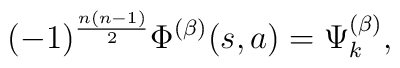
(-1)^{\frac{n(n-1)}{2}}\Phi^{(\beta)}(s,a) = \Psi_k^{(\beta)},